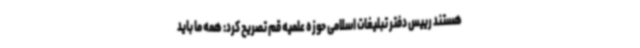
هستند رییس دفتر تبلیغات اسلامی حوزه علمیه قم تصریح کرد: همه ما باید